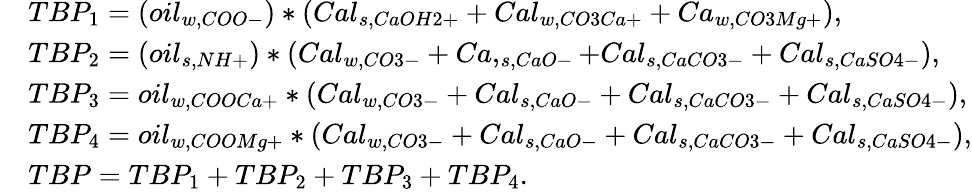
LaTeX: \begin{array}{rl}&{TBP_{1}=(oil_{w,COO-})*(Cal_{s,CaOH2+}+Cal_{w,CO3Ca+}+Ca_{w,CO3Mg+}),}\\ &{TBP_{2}=(oil_{s,NH+})*(Cal_{w,CO3-}+Ca,_{s,CaO-}+Cal_{s,CaCO3-}+Cal_{s,CaSO4-}),}\\ &{TBP_{3}=oil_{w,COOCa+}*(Cal_{w,CO3-}+Cal_{s,CaO-}+Cal_{s,CaCO3-}+Cal_{s,CaSO4-}),}\\ &{TBP_{4}=oil_{w,COOMg+}*(Cal_{w,CO3-}+Cal_{s,CaO-}+Cal_{s,CaCO3-}+Cal_{s,CaSO4-}),}\\ &{TBP=TBP_{1}+TBP_{2}+TBP_{3}+TBP_{4}.}\end{array}